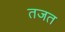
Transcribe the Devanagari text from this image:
तजत